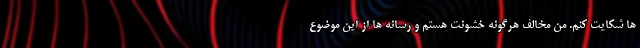
ها شکایت کنم. من مخالف هرگونه خشونت هستم و رسانه ها از این موضوع